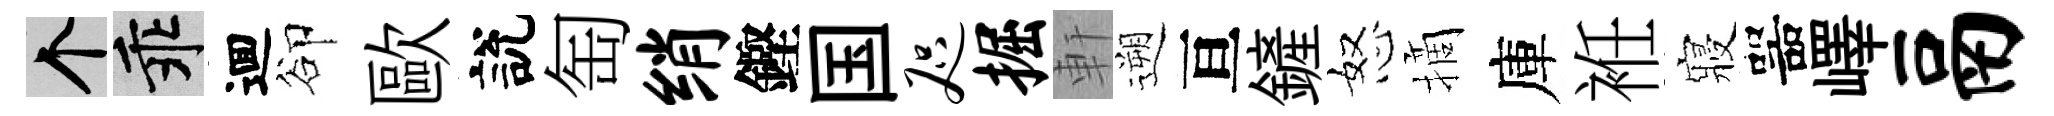
个乖逥卻歐說匋绡鏗国咫掘軒遡亘鏟怒摘庫袵寢噐嶧鬲